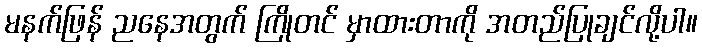
မနက်ဖြန် ညနေအတွက် ကြိုတင် မှာထားတာကို အတည်ပြုချင်လို့ပါ။